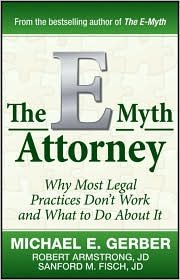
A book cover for By Michael E. Gerber, Robert Armstrong J.D., Sanford Fisch J.D.: The E-Myth Attorney: Why Most Legal Practices Don't Work and What to Do About It; -Wiley-; Law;